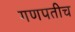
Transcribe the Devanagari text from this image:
गणपतीच